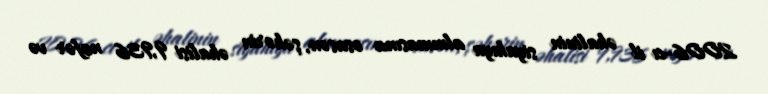
2006-cı il əhalinin siyahıya alınmasına əsasən, şəhərin əhalisi 9,936 nəfər və